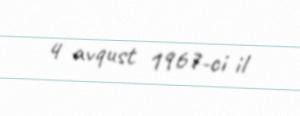
4 avqust 1967-ci il